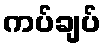
ကပ်ချပ်